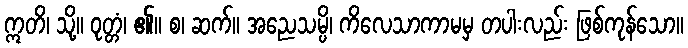
ဣတိ၊ သို့။ ဝုတ္တံ၊ ၏။ စ၊ ဆက်။ အညေသမ္ပိ၊ ကိလေသာကာမမှ တပါးလည်း ဖြစ်ကုန်သော။